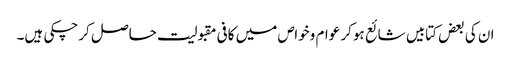
ان کی بعض کتابیں شائع ہوکر عوام وخواص میں کافی مقبولیت حاصل کرچکی ہیں۔